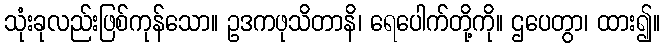
သုံးခုလည်းဖြစ်ကုန်သော။ ဥဒကဖုသိတာနိ၊ ရေပေါက်တို့ကို။ ဌပေတွာ၊ ထား၍။